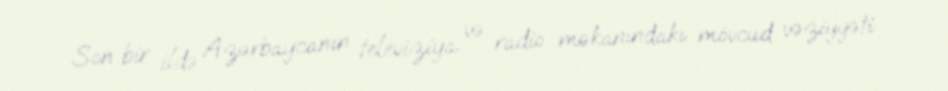
Son bir ildə Azərbaycanın televiziya və radio məkanındakı mövcud vəziyyəti